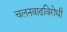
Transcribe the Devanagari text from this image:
चलनवाढविरोधी